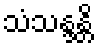
သံသန္ဒန္တိ